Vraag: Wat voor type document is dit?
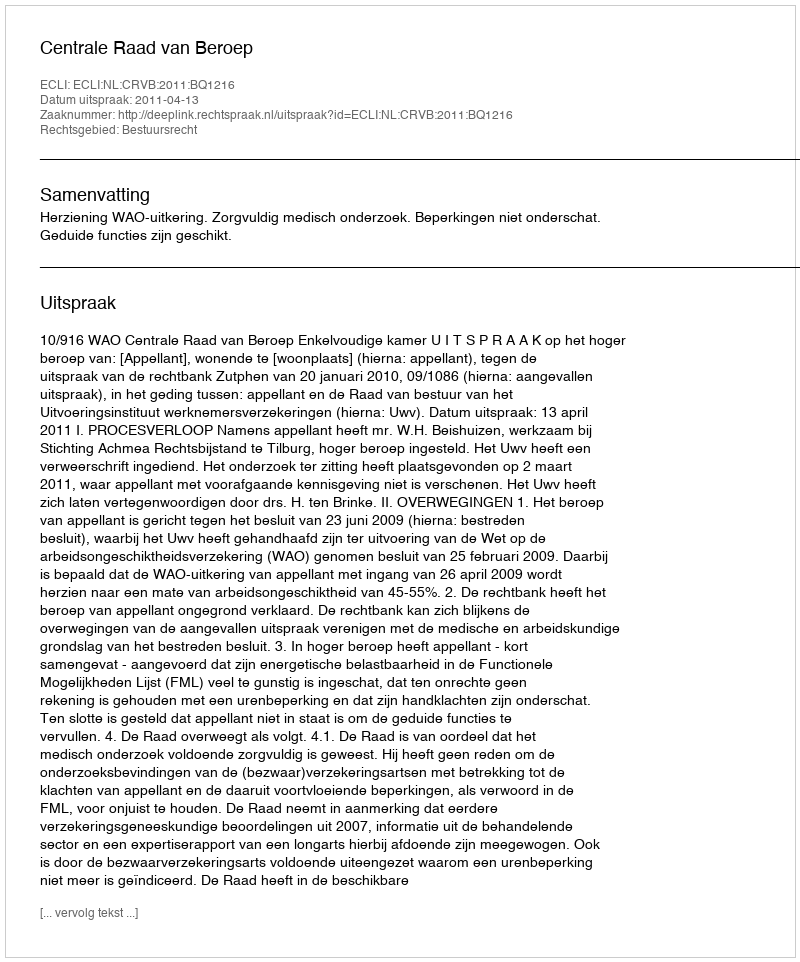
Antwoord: Uitspraak